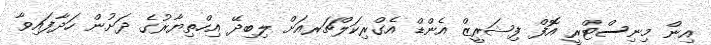
އިން މިނިސްޓްރީ އޮފް ފިޝަރީޒް އެންޑް އެގްރިކަލްޗަރއަށް ލިބިދޭ އިހްތިޔާރުގެ ދަށުން ހަދާފައިވާ